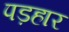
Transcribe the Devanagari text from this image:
पड़हार